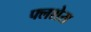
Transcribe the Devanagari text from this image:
फ्लशेस